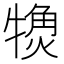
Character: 𬌨